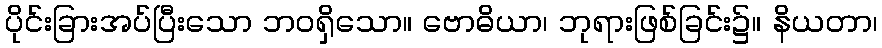
ပိုင်းခြားအပ်ပြီးသော ဘဝရှိသော။ ဗောဓိယာ၊ ဘုရားဖြစ်ခြင်း၌။ နိယတာ၊